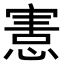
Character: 𢞩